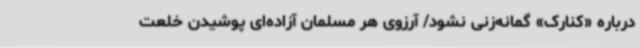
درباره «کنارک» گمانه‌زنی نشود/ آرزوی هر مسلمان آزاده‌ای پوشیدن خلعت